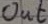
Text: out